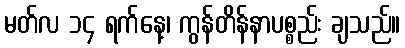
မတ်လ ၁၄ ရက်နေ့၊ ကွန်တိန်နာပစ္စည်း ချသည်။